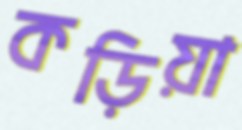
কড়িয়া